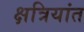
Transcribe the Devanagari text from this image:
क्षत्रियांत